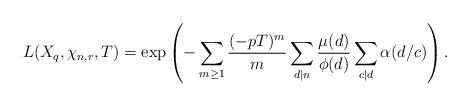
\begin{align*}L(X_q,\chi_{n,r},T)=\exp\left(-\sum_{m\geq 1} \frac{(-pT)^m}{m}\sum_{d \mid n}\frac{\mu(d)}{\phi(d)}\sum_{c \mid d}\alpha(d/c)\right).\end{align*}